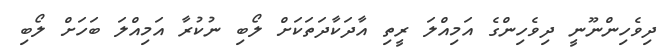
ދިވެހިންނޫނީ ދިވެހިންގެ އަމިއްލަ ރީތި އާދަކާދަތަކަށް ލޯބި ނުކުރާ އަމިއްލަ ބަހަށް ލޯބި